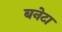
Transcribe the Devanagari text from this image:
बनेटा